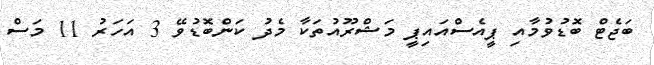
ބަޖެޓް ބޮޑުވުމާއި ޕީއެސްއައިޕީ މަޝްރޫއުތަކާ މެދު ކަންބޮޑުވޭ 3 އަހަރު 11 މަސް